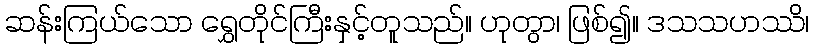
ဆန်းကြယ်သော ရွှေတိုင်ကြီးနှင့်တူသည်။ ဟုတွာ၊ ဖြစ်၍။ ဒသသဟဿိ၊